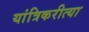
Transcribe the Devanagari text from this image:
यांत्रिकरीत्या